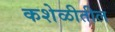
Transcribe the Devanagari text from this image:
कशेळीतील